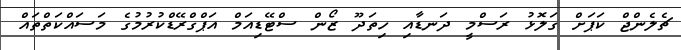
ޗެލެންޖް ކަޕަށް ގަލޮޅު ރަސްމީ ދަނޑާއި ހިތަދޫ ޒޯން ސްޓޭޑިއަމް އަޕްގްރޭޑްކުރުމުގެ މަސައްކަތްތައް